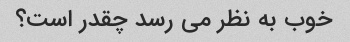
خوب به نظر می رسد چقدر است؟